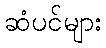
ဆံပင်များ